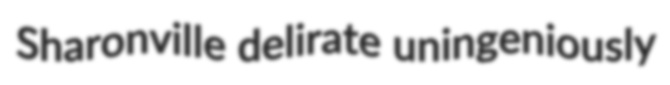
Sharonville delirate uningeniously